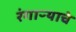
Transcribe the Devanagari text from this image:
रंगाऱ्याचे